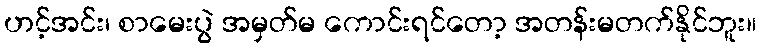
ဟင့်အင်း၊ စာမေးပွဲ အမှတ်မ ကောင်းရင်တော့ အတန်းမတက်နိုင်ဘူး။